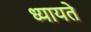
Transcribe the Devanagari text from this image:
ध्यायते